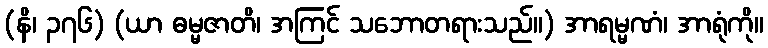
(နိ၊ ၃၇၆) (ယာ ဓမ္မဇာတိ၊ အကြင် သဘောတရားသည်။) အာရမ္မဏံ၊ အာရုံကို။